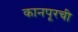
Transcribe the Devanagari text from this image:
कानपूरची